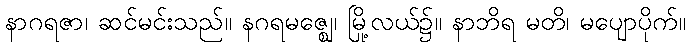
နာဂရဇာ၊ ဆင်မင်းသည်။ နဂရမဇ္ဈေ၊ မြို့လယ်၌။ နာဘိရ မတိ၊ မပျောပိုက်။